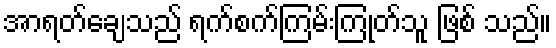
အာရတ်ချေသည် ရက်စက်ကြမ်းကြုတ်သူ ဖြစ် သည်။